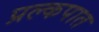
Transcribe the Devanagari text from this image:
प्रल्कपात